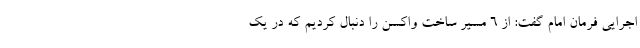
اجرایی فرمان امام گفت: از ۶ مسیر ساخت واکسن را دنبال کردیم که در یک